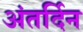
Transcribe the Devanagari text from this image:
अंतर्दिन